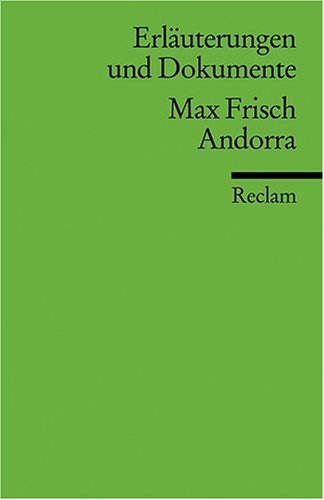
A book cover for Andorra Erlauterungen; Max Frisch; Travel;